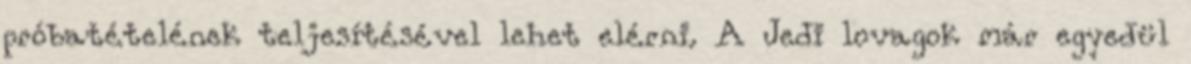
próbatételének teljesítésével lehet elérni. A Jedi lovagok már egyedül